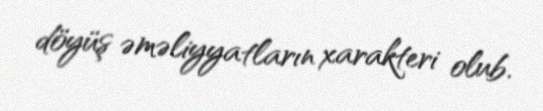
döyüş əməliyyatların xarakteri olub.